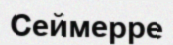
Сеймерре